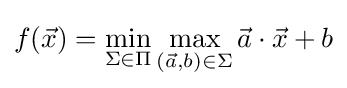
f({\vec {x}})=\min _{\Sigma \in \Pi }\max _{({\vec {a}},b)\in \Sigma }{\vec {a}}\cdot {\vec {x}}+b